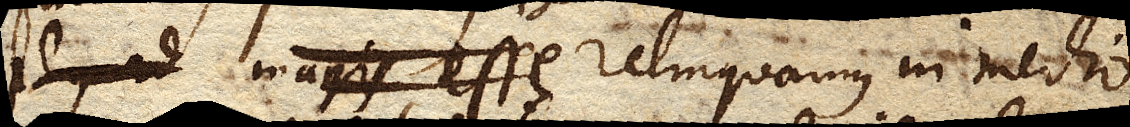
plus ad magis esse relinquamus in medio